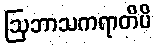
ဩဘာသကရာတိပိ